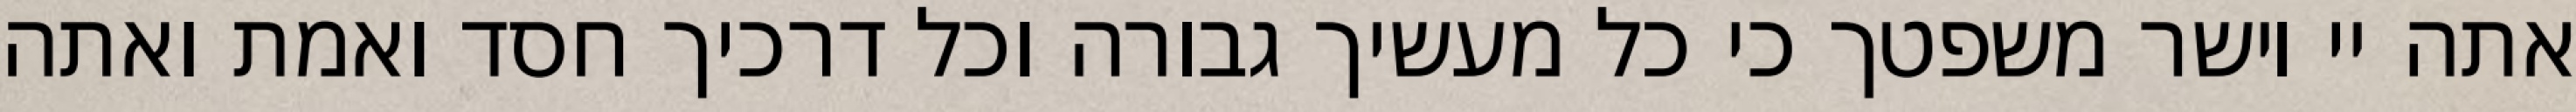
אתה יי וישר משפטך כי כל מעשיך גבורה וכל דרכיך חסד ואמת ואתה